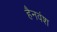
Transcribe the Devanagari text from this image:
हैनवंश